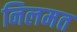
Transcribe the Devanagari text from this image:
निलमत